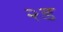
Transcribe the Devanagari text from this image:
२ड